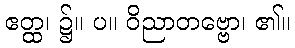
ဧတ္ထ၊ ၌။ ပ။ ဝိညာတဗ္ဗော၊ ၏။